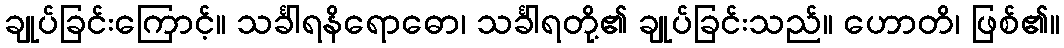
ချုပ်ခြင်းကြောင့်။ သင်္ခါရနိရောဓော၊ သင်္ခါရတို့၏ ချုပ်ခြင်းသည်။ ဟောတိ၊ ဖြစ်၏။